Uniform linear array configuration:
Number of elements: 4
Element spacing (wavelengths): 0.75
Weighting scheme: kaiser
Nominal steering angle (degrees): -60
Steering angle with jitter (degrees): -59.977
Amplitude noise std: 0.05
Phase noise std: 0.05

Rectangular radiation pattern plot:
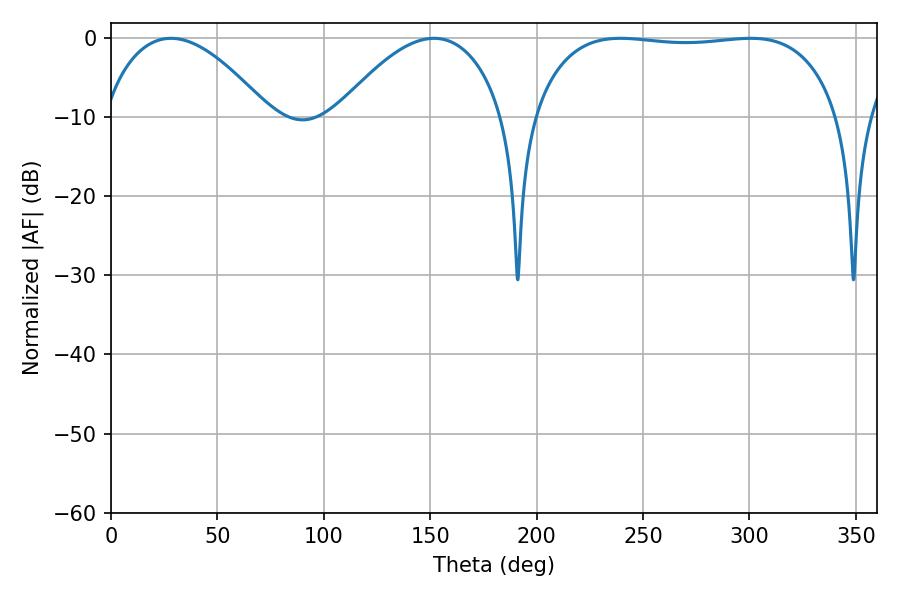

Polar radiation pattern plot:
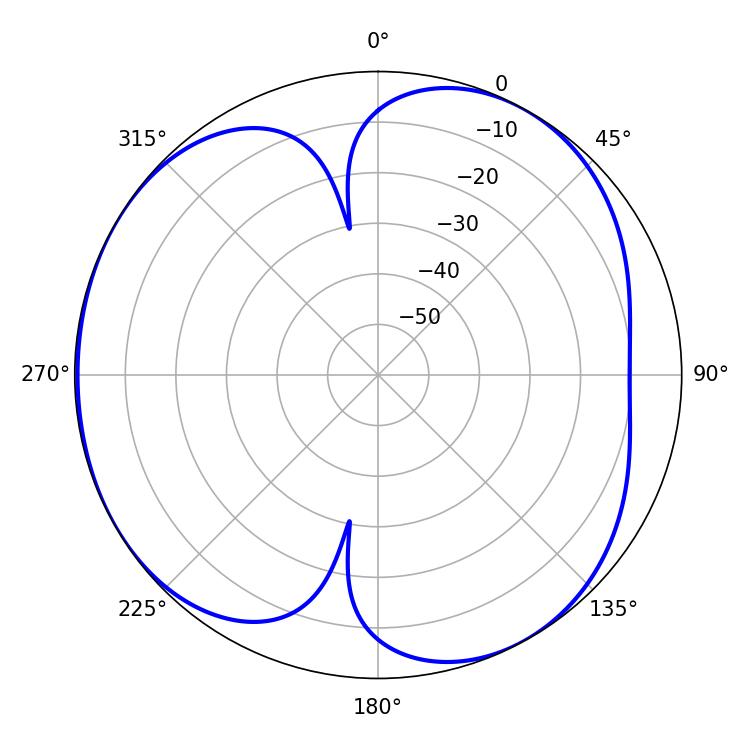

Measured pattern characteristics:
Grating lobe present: TRUE
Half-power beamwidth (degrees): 114.12
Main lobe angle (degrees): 239.4